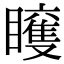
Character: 𥌍